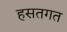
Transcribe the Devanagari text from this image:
हसतगत